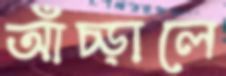
আঁচ্‌ড়ালে